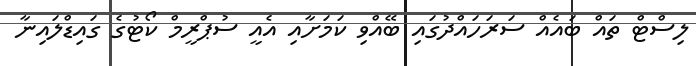
ލިސްޓް ތައް ބައެއް ސަރަހައްދުގައި ބޭއްވި ކަމަށާއި އެއީ ސުޕްރީމް ކޯޓުގެ ގައިޑްލައިނާ